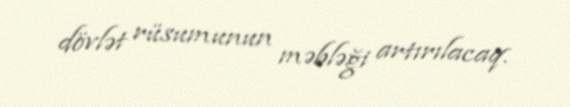
dövlət rüsumunun məbləği artırılacaq.